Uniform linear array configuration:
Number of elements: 12
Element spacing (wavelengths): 0.25
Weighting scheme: exponential
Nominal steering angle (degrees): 45
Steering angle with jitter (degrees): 45.432
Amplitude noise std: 0.05
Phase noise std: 0.05

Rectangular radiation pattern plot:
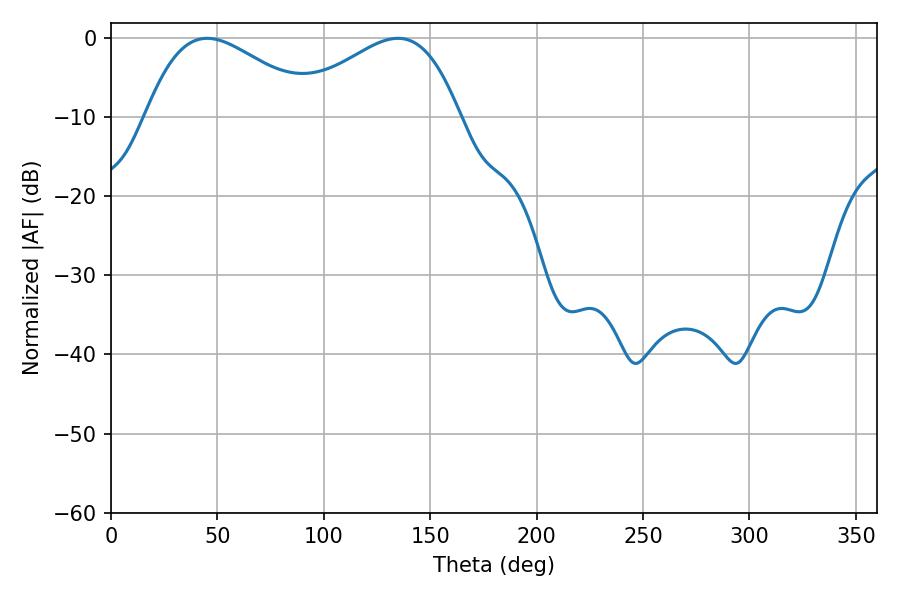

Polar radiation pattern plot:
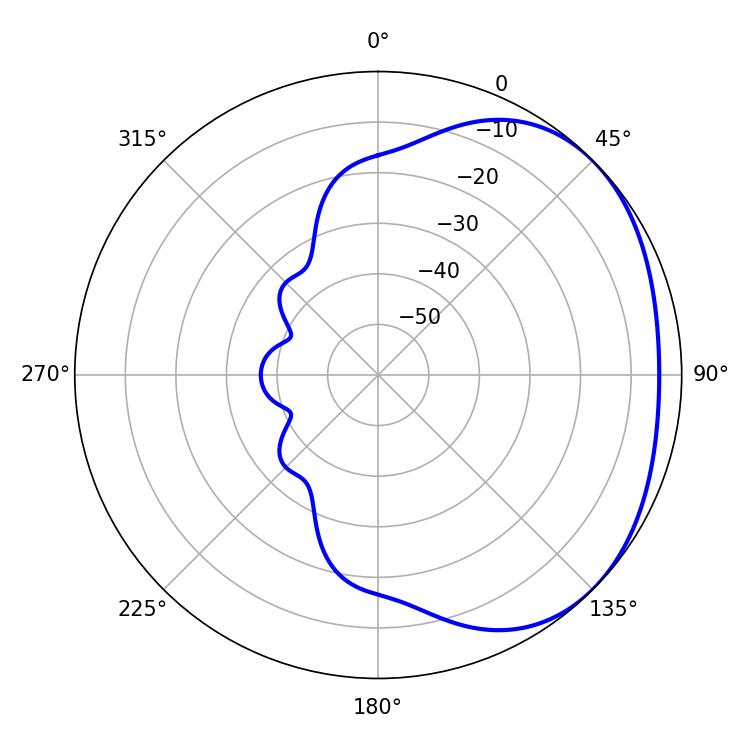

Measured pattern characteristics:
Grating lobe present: FALSE
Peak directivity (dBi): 2.249
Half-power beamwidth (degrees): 43.02
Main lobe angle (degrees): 45.18